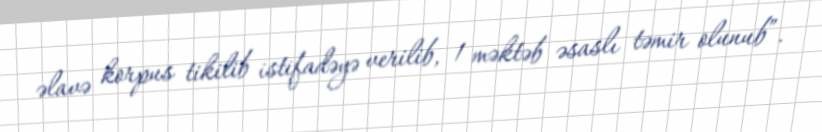
əlavə korpus tikilib istifadəyə verilib, 1 məktəb əsaslı təmir olunub”.